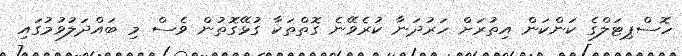
ހޮސްޕިޓަލްގެ ކަންކަން އިތުރަށް ހަރުދަނާ ކުރެވޭނެ ގޮތްތަކާ ގުޅޭގޮތުން ވެސް މި ބައްދަލުވުމުގައި